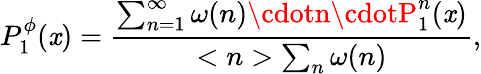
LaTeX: P_{1}^{\phi}(\mathit{x})=\frac{{\sum_{n=1}^{\infty}\omega(n)\cdotn\cdotP_{1}^{n}(\mathit{x})}}{{<n>\sum_{n}\omega(n)}},